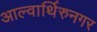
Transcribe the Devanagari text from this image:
आल्वार्थिरुनगर